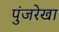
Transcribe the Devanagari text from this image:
पुंजरेखा